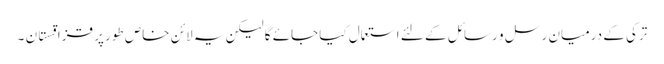
ترکی کے درمیان رسل و رسائل کے لئے استعمال کیا جائے گا لیکن یہ لائن خاص طور پر قزاقستان ۔